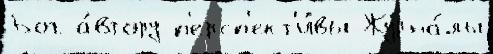
Бог а́втору п'ерсп'ект'и́вы Журна́лы